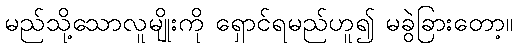
မည်သို့သောလူမျိုးကို ရှောင်ရမည်ဟူ၍ မခွဲခြားတော့။